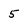
Character: 5